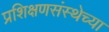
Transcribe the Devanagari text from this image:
प्रशिक्षणसंस्थेच्या